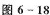
图6-18